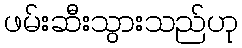
ဖမ်းဆီးသွားသည်ဟု